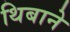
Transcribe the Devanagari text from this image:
थिबाने